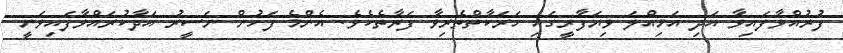
ފުރުއްވާފައިވާ އަދި އަމިއްލަ ވިޔަފާރީގައި ހަރަކާތްތެރިވާ ފަރާތެކެވެ. އެންމެ ފަހުން ނަސީރު އަދާކުރައްވާފައިވަނީ